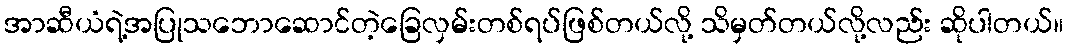
အာဆီယံရဲ့အပြုသဘောဆောင်တဲ့ခြေလှမ်းတစ်ရပ်ဖြစ်တယ်လို့ သိမှတ်တယ်လို့လည်း ဆိုပါတယ်။